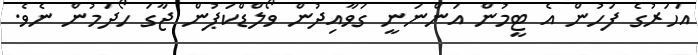
އަހަރުގެ ފަހުން އެ ޓީމުން އަންނަނީ ގަވާއިދުން ވޯލްޑްކަޕުން ޖާގަ ހޯދަމުން ނެވެ.